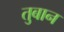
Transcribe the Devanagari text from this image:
तुबान